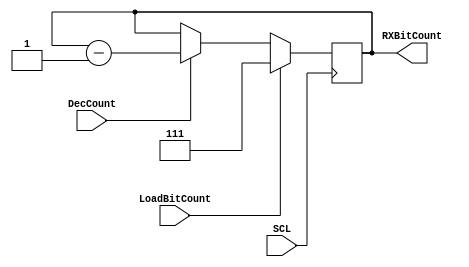

module EightBitRxCounter(LoadBitCount,DecCount,RXBitCount, SCL);
  input LoadBitCount;
  input DecCount;
  input SCL;
  //input Reset;
  output reg [2:0]RXBitCount;
  //reg [31:0]Count;
  
  always@(negedge SCL)
  begin
                    if(LoadBitCount==1'b1)
                    begin
                    RXBitCount <= 7;  
                    end
          
                    else if(DecCount==1'b1)
                    begin
                   RXBitCount <= RXBitCount-3'b1;  
                    end
                       
                   
                  end
                  
   
  endmodule